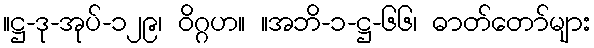
။ဋ္ဌ-ဒု-အုပ်-၁၂၉၊ ဝိဂ္ဂဟ။ ။အဘိ-၁-ဋ္ဌ-၆၆၊ ဓာတ်တော်များ